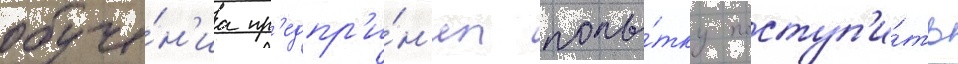
обуче́н'иа пр'едпр'и́н'ял попы́тку поступ'и́ть